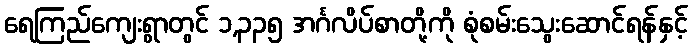
ရေကြည်ကျေးရွာတွင် ၁,၃၃၅ အင်္ဂလိပ်စာတို့ကို စုံစမ်းသွေးဆောင်ရန်နှင့်